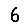
Digit: 6